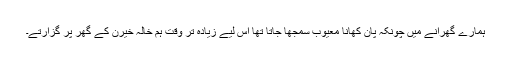
ہمارے گھرانے میں چونکہ پان کھانا معیوب سمجھا جاتا تھا اس لیے زیادہ تر وقت ہم خالہ خیرن کے گھر پر گزارتے۔